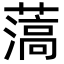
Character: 薃